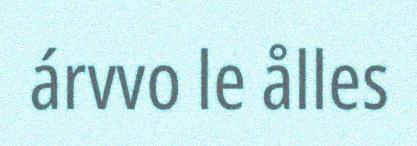
árvvo le ålles